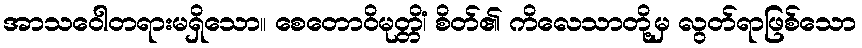
အာသဝေါတရားမရှိသော။ စေတောဝိမုတ္တိံ၊ စိတ်၏ ကိလေသာတို့မှ လွတ်ရာဖြစ်သော